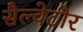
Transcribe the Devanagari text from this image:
सैल्वेटोर